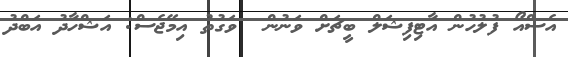
އެސްއޯ ފުލުހުން އާޓިފިޝަލް ބީޗަށް ވަނުން  ވަގުތު އިމޭޖެސް: އަޝްހާދު އަބްދު